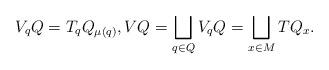
\begin{gather*} V _q Q = T _q Q _{\mu (q) } , V Q = \bigsqcup _{ q \in Q } V_q Q = \bigsqcup _{ x \in M } T Q _x . \end{gather*}